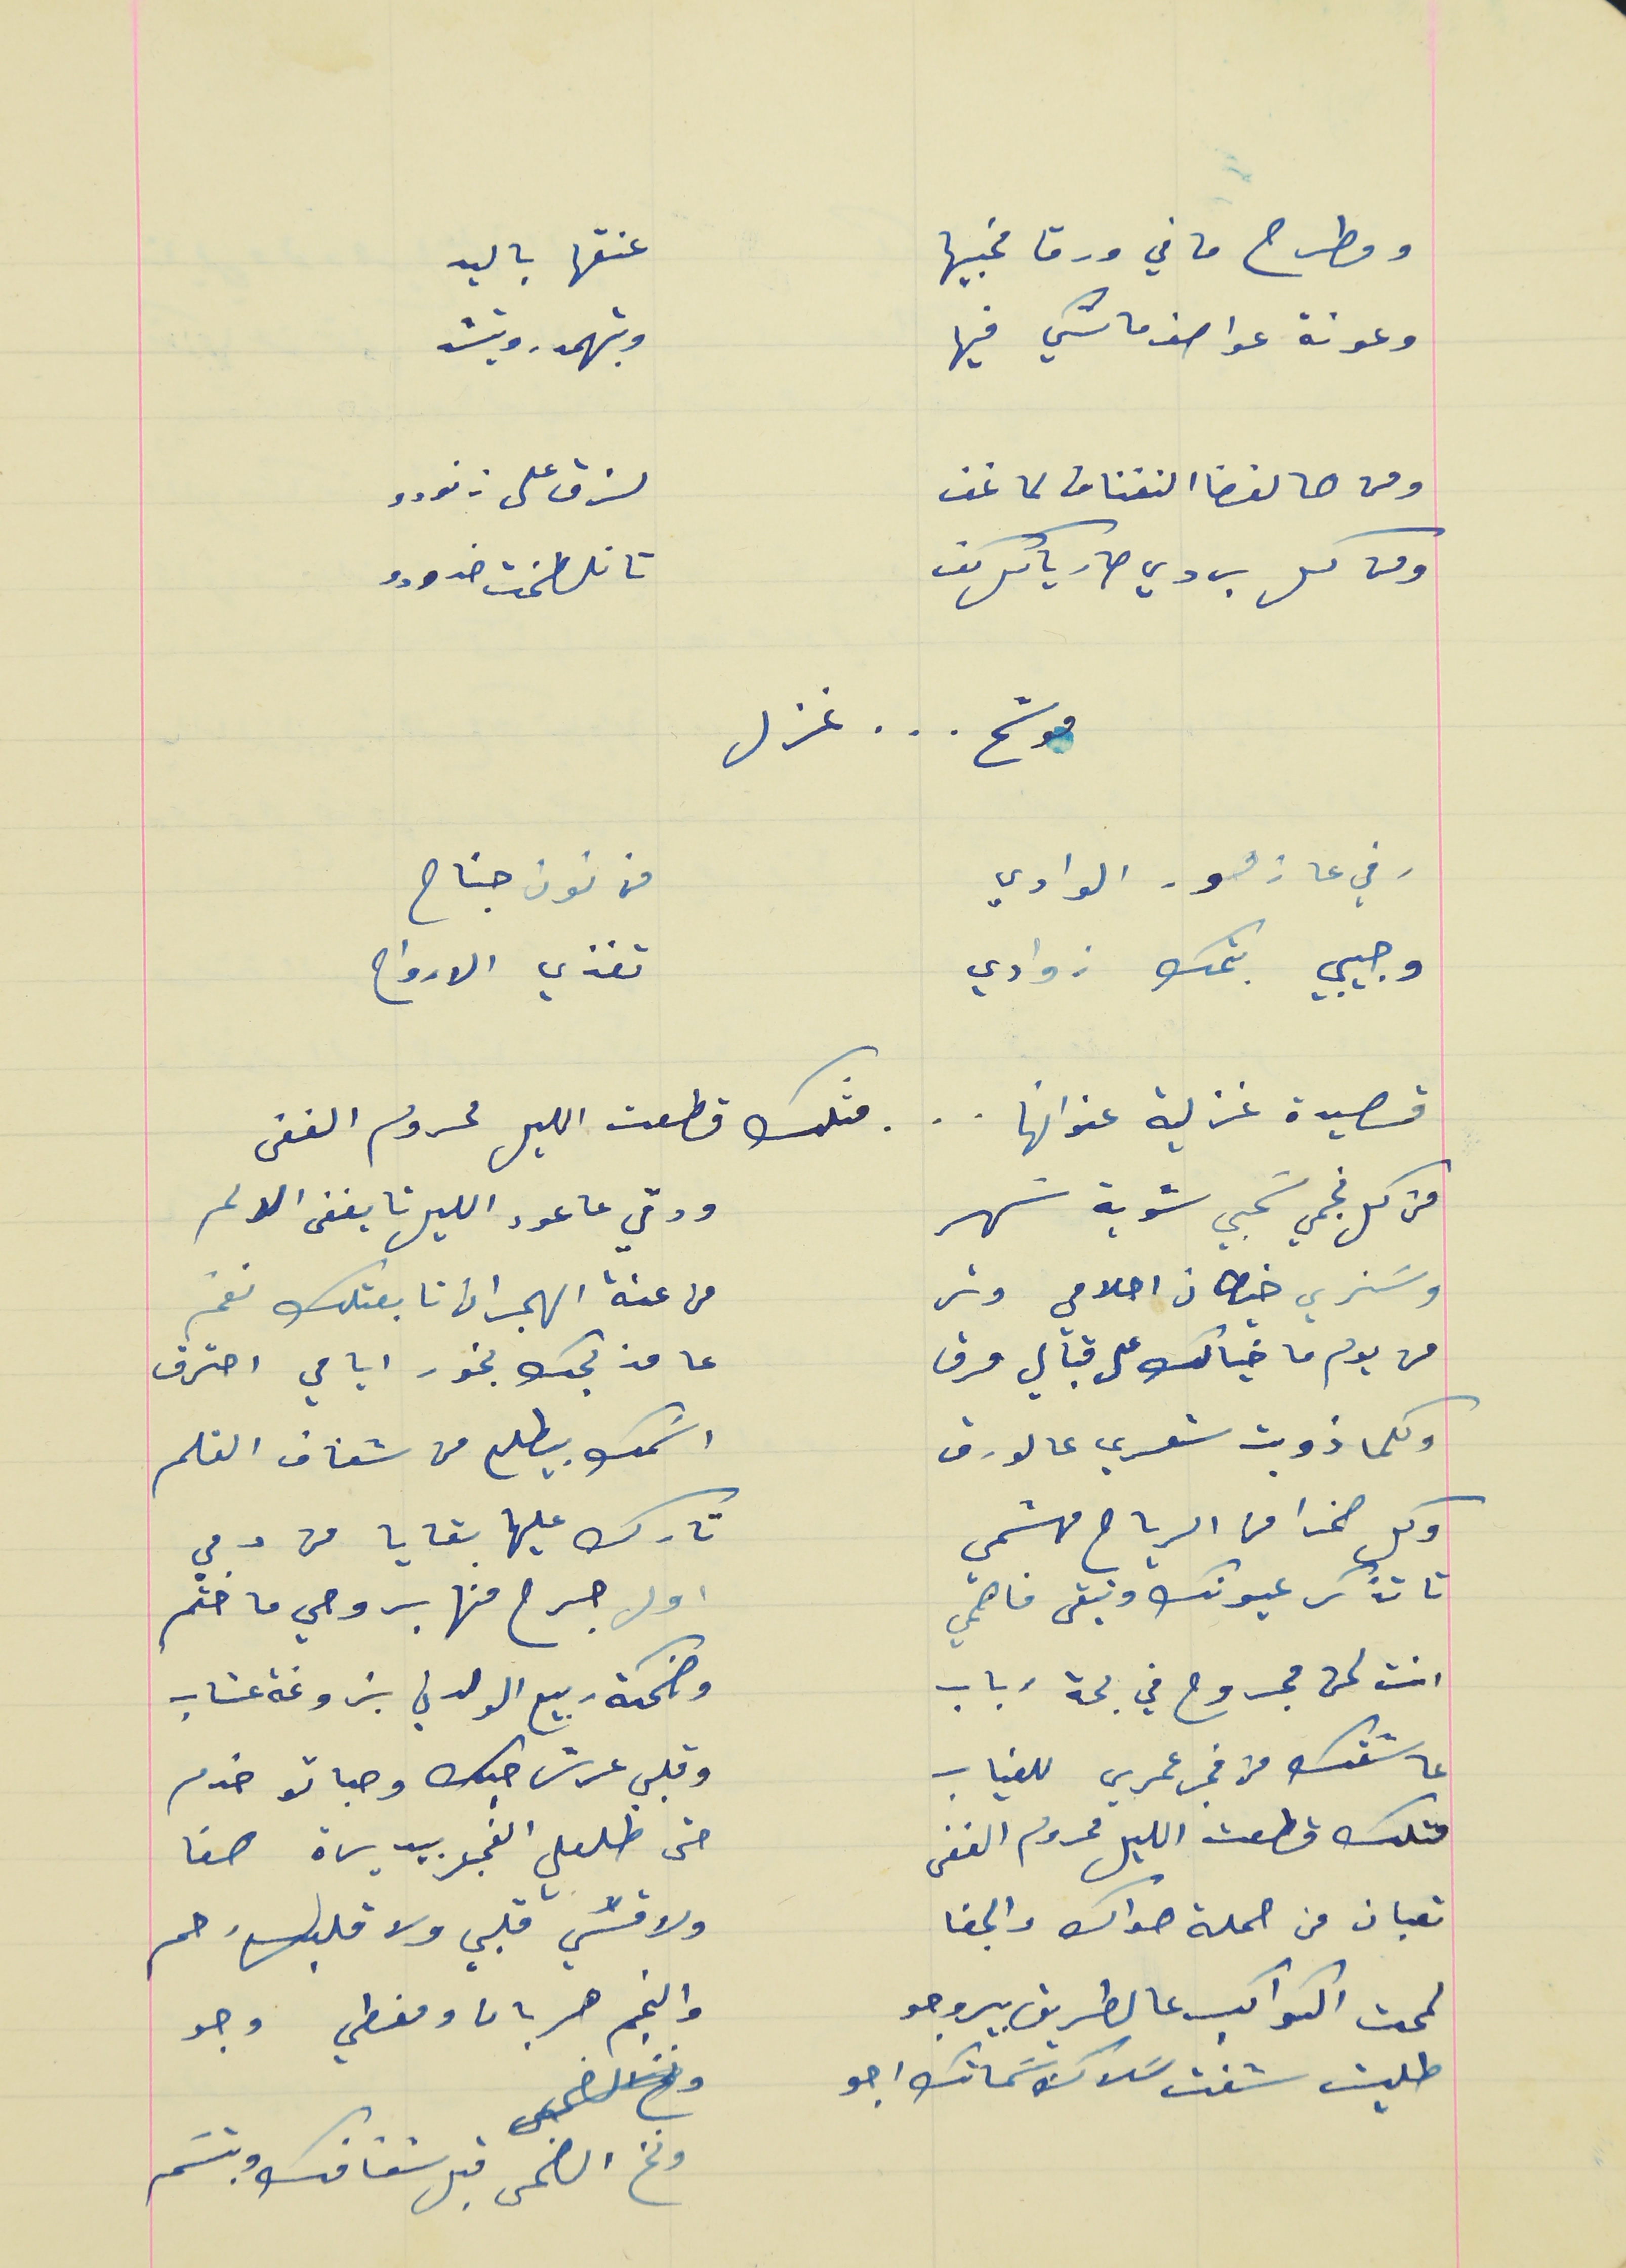
ومطرح ما في ورقا مخبيها                                          عنقها باليد
وعونة عواصف ماشي فيها                                          وبتهمدر وبتشد
ومن هالفضا النفناف لما نحف                                       لزق على زنودو
ومن كل بردي صار ياكل كف                                         تا تلطخت خدودو
موشح     .    .    .    غزل
رفي عا زهور الوادي                                                    من فوق جناح
وجيبي بتمك زوادي                                                      تغذي الارواح
قصيدة غزلية عنوانها    .    .    .     مثلك قطعت الليل محروم الغفى
من كل نجمي سَحبي شوية سَهر                                    ودقي عا عود الليل تا يغفى الالم
وسَنري خيطان احلامي وتر                                            من عنة الهجران تابعتلك نغم
من يوم ما خيالك على قبالي مرق                                   عا مذبحك بخور ايامي احترق
وكلما ذوبت شعري عالورق                                              اسَمك بيطلع من شفاف القلم
وكل صخرا من الرياح مهشمي                                          تارك عليها بقايا من دمي
تا تذكر عيونك وتبقى فاهمي                                           اول جرح منها بروحي ما ختم
انت لحن مجروح في بحة رباب                                         وضحكة ربيع الولدني بزوغة عتاب
عاشقك من فجر عمري للغياب                                          وقلبي عرش حبك وصباتو خدم
متلك قطعت الليل محروم الغفى                                     حتى طلعلي الفجر بيديرة هنا
 تعبان من حملة هواك والجفا                                            ولا قسَي قلبي ولا قلبك رحم
لمحت الكواكب عالطريق بيروجو                                      والنجم هربان ومغطي وجو
طليت شفت سَلاك بسَماتك  اجو
       ونخ الضحى قبل شفافك وبتسَم